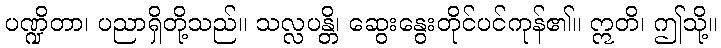
ပဏ္ဍိတာ၊ ပညာရှိတို့သည်။ သလ္လပန္တိ၊ ဆွေးနွေးတိုင်ပင်ကုန်၏။ ဣတိ၊ ဤသို့။